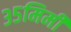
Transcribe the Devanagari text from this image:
३५मिमी